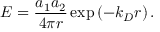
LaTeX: E = { \frac { a _ { 1 } a _ { 2 } } { 4 \pi r } } \exp \left( - k _ { D } r \right) .